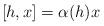
LaTeX: \begin{align*} [h,x]=\alpha(h)x\end{align*}